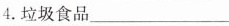
4.垃圾食品___